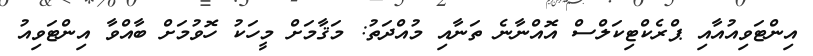
އިންޓަވިއުއާއި ޕްރެކްޓިކަލްސް އޮއްނާނެ ތަނާއި މުއްދަތު: މަޤާމަށް މީހަކު ހޮވުމަށް ބާއްވާ އިންޓަވިއު